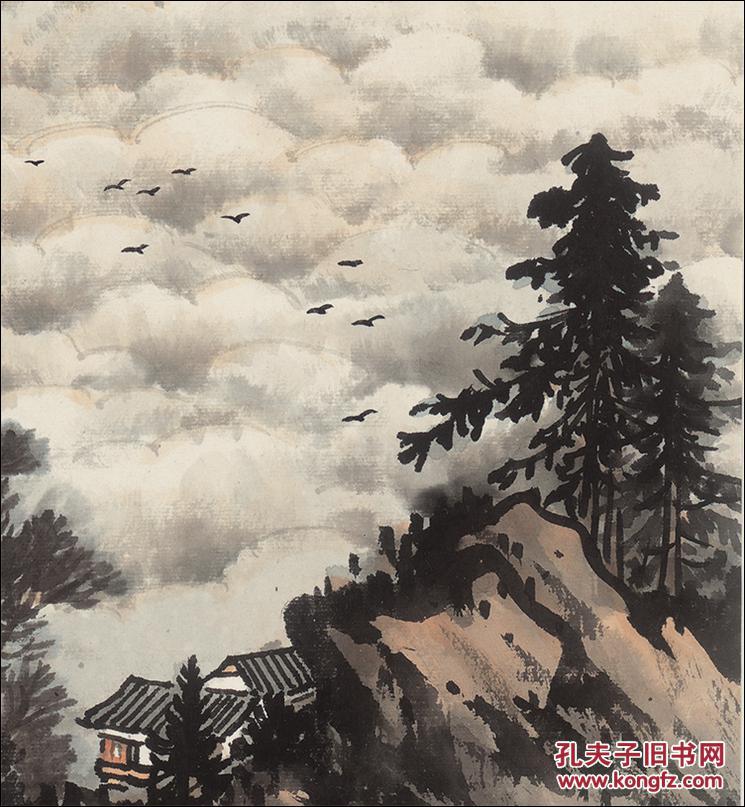
君独不见长城下，死人骸骨相撑拄。